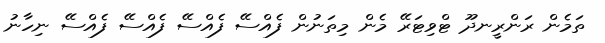
ތަމެން ރަންރީނދޫ ޓްވިޓަރޭ މެން މިތަނުން ފެެއްސޭ ފެއްސޭ ފެއްސޭ ފެއްސޭ ނިހާނު